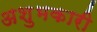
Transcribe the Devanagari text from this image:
अशुभकारी